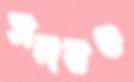
সদয়ও